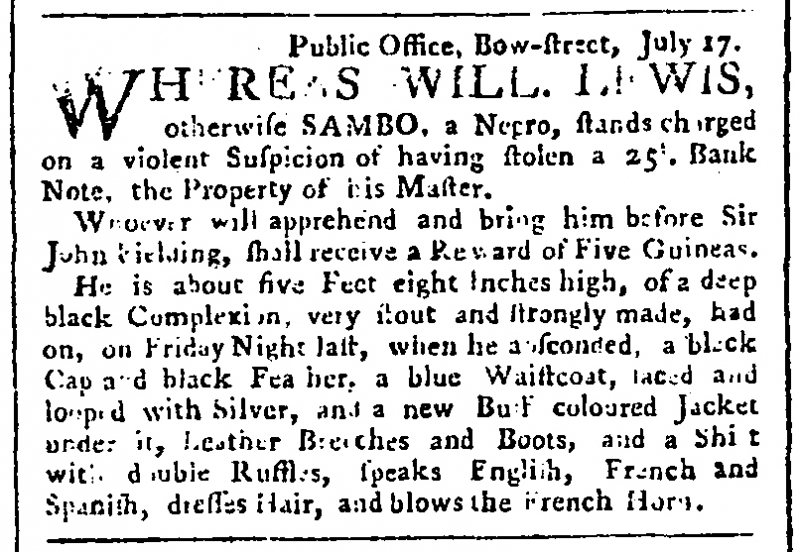
Public Advertiser, 18 July 1768 (England)
           Public Office, Bow-street, July 17.WHEREAS WILL. LEWIS, otherwise SAMBO, a Negro, stands charged on a violent suspicion of having stolen a 25’. Bank Note, the Property of his Master.   Whoever will apprehend and bring him before Sir John Fielding, shall receive a Reward of Five Guineas.  He is about five Feet eight Inches high, of a deep black Complexion, very stout and strongly made, had on, on Friday night last, when be absconded, a black Cap and black Fea[t]her, a blue Waistcoat, laced and looped with Silver, and a new Buff coloured Jacket under it, Leather Breeches and Boots, and a Shirt with double Ruffles, speaks English, French and Spanish, dresses Hair, and blows the French Horn.